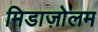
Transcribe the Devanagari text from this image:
मिडाज़ोलम